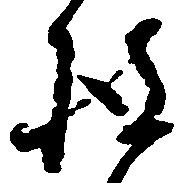
披